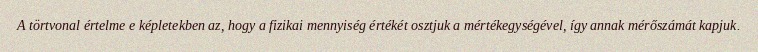
A törtvonal értelme e képletekben az, hogy a fizikai mennyiség értékét osztjuk a mértékegységével, így annak mérőszámát kapjuk.